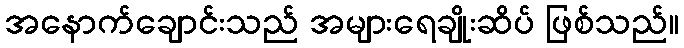
အနောက်ချောင်းသည် အများရေချိုးဆိပ် ဖြစ်သည်။